Indian journal of veterinary science and animal husbandry - Volumes 22-23, 1952-1953
Year: 1952
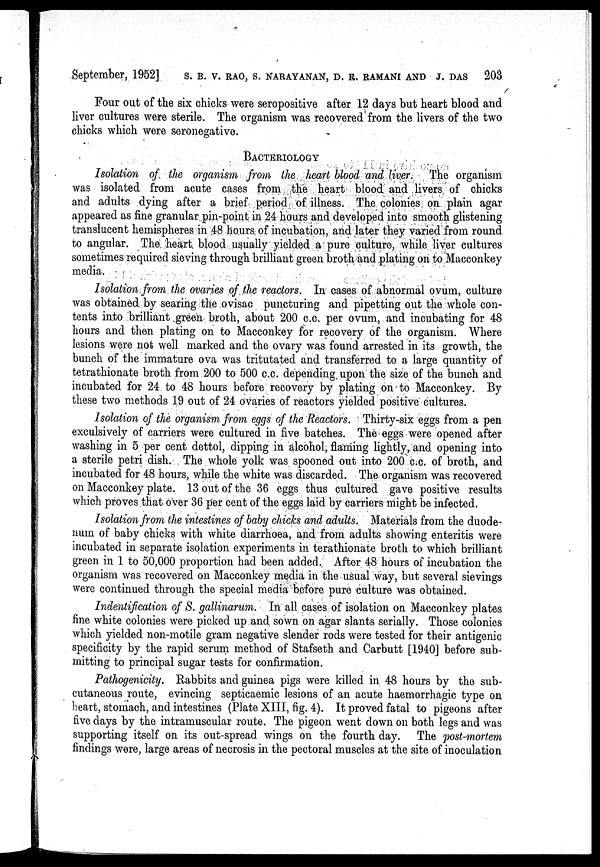
September, 1952] S. B. V. RAO, S. NARAYANAN, D. R. RAMANI AND J. DAS 203
Four out of the six chicks were seropositive after 12 days but heart blood and
liver cultures were sterile. The organism was recovered from the livers of the two
chicks which were seronegative.
BACTERIOLOGY
Isolation of the organism from the heart blood and liver. The organism
was isolated from acute cases from the heart blood and livers, of chicks
and adults dying after a brief period of illness. The colonies, on plain agar
appeared as fine granular pin-point in 24 hours and developed into smooth glistening
translucent hemispheres in 48 hours of incubation, and later they varied from round
to angular. The heart blood usually yielded a pure culture, while liver cultures
sometimes required sieving through brilliant green broth and plating on to Macconkey
media.
Isolation from the ovaries of the reactors. In cases of abnormal ovum, culture
was obtained by searing the ovisac puncturing and pipetting out the whole con-
tents into brilliant green broth, about 200 c.c. per ovum, and incubating for 48
hours and then plating on to Macconkey for recovery of the organism. Where
lesions were not well marked and the ovary was found arrested in its growth, the
bunch of the immature ova was tritutated and transferred to a large quantity of
tetrathionate broth from 200 to 500 c.c. depending, upon the size of the bunch and
incubated for 24 to 48 hours before recovery by plating on to Macconkey. By
these two methods 19 out of 24 ovaries of reactors yielded positive cultures.
Isolation of the organism from eggs of the Reactors. Thirty-six eggs from a pen
exculsively of carriers were cultured in five batches. The eggs were opened after
washing in 5 per cent dettol, dipping in alcohol, flaming lightly, and opening into
a sterile petri dish. The whole yolk was spooned out into 200 c.c. of broth, and
incubated for 48 hours, while the white was discarded. The organism was recovered
on Macconkey plate. 13 out of the 36 eggs thus cultured gave positive results
which proves that over 36 per cent of the eggs laid by carriers might be infected.
Isolation from the intestines of baby chicks and adults. Materials from the duode-
num of baby chicks with white diarrhoea, and from adults showing enteritis were
incubated in separate isolation experiments in terathionate broth to which brilliant
green in 1 to 50,000 proportion had been added. After 48 hours of incubation the
organism was recovered on Macconkey media in the usual way, but several sievings
were continued through the special media before pure culture was obtained.
Indentification of S. gallinarum. In all cases of isolation on Macconkey plates
fine white colonies were picked up and. sown on agar slants serially. Those colonies
which yielded non-motile gram negative slender rods were tested for their antigenic
specificity by the rapid serum method of Stafseth and Carbutt [1940] before sub-
mitting to principal sugar tests for confirmation.
Pathogenicity. Rabbits and guinea pigs were killed in 48 hours by the sub-
cutaneous route, evincing septicaemic lesions of an acute haemorrhagic type on
heart, stomach, and intestines (Plate XIII, fig. 4). It proved fatal to pigeons after
five days by the intramuscular route. The pigeon went down on both legs and was
supporting itself on its out-spread wings on the fourth day. The post-mortem
findings were, large areas of necrosis in the pectoral muscles at the site of inoculation